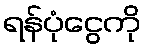
ရန်ပုံငွေကို